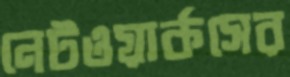
নেটওয়ার্কসের